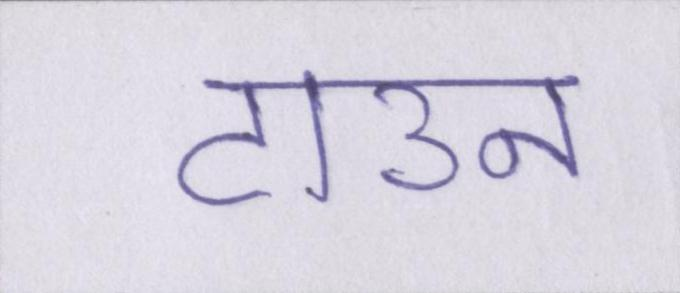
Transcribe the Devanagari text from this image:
टाउन